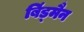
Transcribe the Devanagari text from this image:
बिंड्मैन